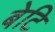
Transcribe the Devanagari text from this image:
बेटि